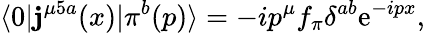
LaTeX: \langle0|\mathbf{j}^{\mu5a}(x)|\pi^{b}(p)\rangle=-ip^{\mu}f_{\pi}\delta^{ab}\mathrm{{e}}^{-ipx},